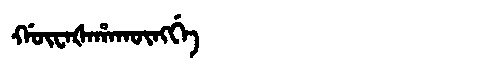
Manchu: ᡤᡡᠸᠠᡧᠠᡥᠠᡴᡡᠩᡤᡝ
Romanization: GŪWAŠAHAKŪNGGE